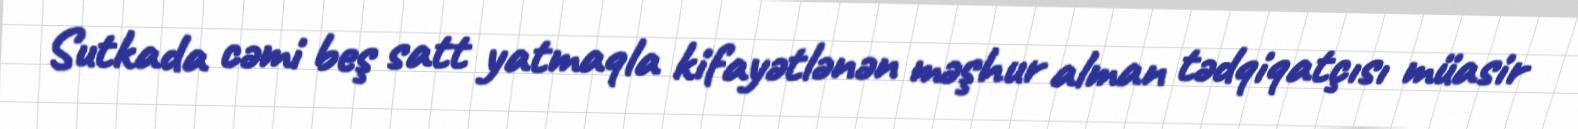
Sutkada cəmi beş satt yatmaqla kifayətlənən məşhur alman tədqiqatçısı müasir